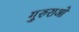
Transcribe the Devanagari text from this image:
गुरुराओ